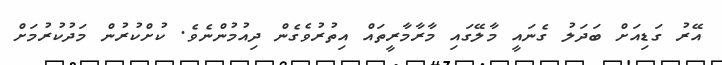
އޭރު ގަޑިއަށް ބަދަލު ގެނައީ މާލޭގައި މާރާމާރީތައް އިތުރުވެގެން ދިއުމުންނެވެ. ކުށްކުރުން މަދުކުރުމަށް